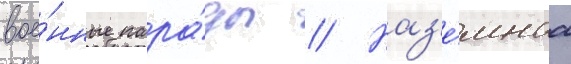
вое́нные пара́ды // Наз'е́мнаа